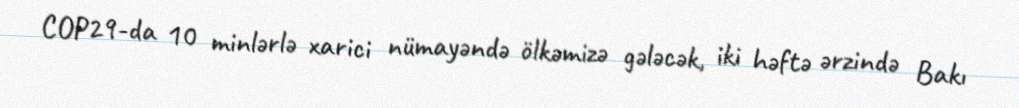
COP29-da 10 minlərlə xarici nümayəndə ölkəmizə gələcək, iki həftə ərzində Bakı